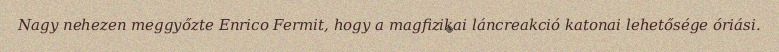
Nagy nehezen meggyőzte Enrico Fermit, hogy a magfizikai láncreakció katonai lehetősége óriási.